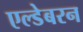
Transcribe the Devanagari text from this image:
एल्डेबरन